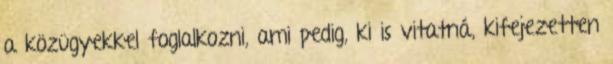
a közügyekkel foglalkozni, ami pedig, ki is vitatná, kifejezetten